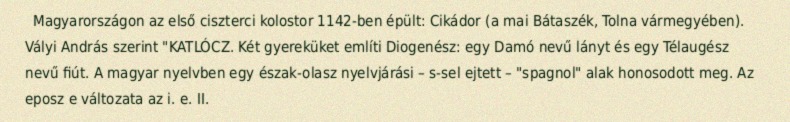
Magyarországon az első ciszterci kolostor 1142-ben épült: Cikádor (a mai Bátaszék, Tolna vármegyében). Vályi András szerint "KATLÓCZ. Két gyereküket említi Diogenész: egy Damó nevű lányt és egy Télaugész nevű fiút. A magyar nyelvben egy észak-olasz nyelvjárási – s-sel ejtett – "spagnol" alak honosodott meg. Az eposz e változata az i. e. II.